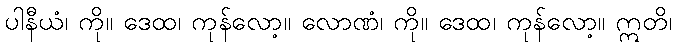
ပါနီယံ၊ ကို။ ဒေထ၊ ကုန်လော့။ လောဏံ၊ ကို။ ဒေထ၊ ကုန်လော့။ ဣတိ၊